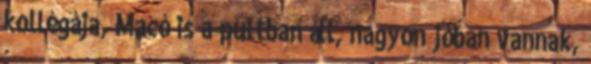
kollégája, Macó is a pultban áll, nagyon jóban vannak,